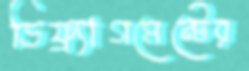
ডিফ্র্যাগমেন্টের